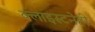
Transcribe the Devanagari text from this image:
क्लाइस्टनेही